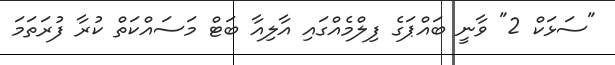
"ސަޅަކް 2" ވާނީ ބައްޕަގެ ފިލްމެއްގައި އާލިއާ ބަޓް މަސައްކަތް ކުރާ ފުރަތަމަ